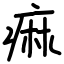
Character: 痲